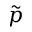
\Tilde { p }